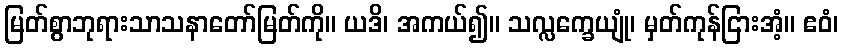
မြတ်စွာဘုရားသာသနာတော်မြတ်ကို။ ယဒိ၊ အကယ်၍။ သလ္လက္ခေယျုံ၊ မှတ်ကုန်ငြားအံ့။ ဧဝံ၊